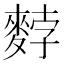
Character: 𪌰